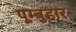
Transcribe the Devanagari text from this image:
पूम्बुहार